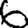
Digit: 6